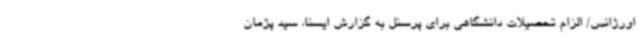
اورژانس/ الزام تحصیلات دانشگاهی برای پرسنل به گزارش ایسنا، سید پژمان